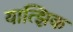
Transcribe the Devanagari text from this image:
यात्झिक